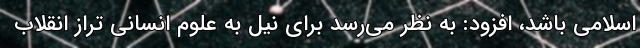
اسلامی باشد، افزود: به نظر می‌رسد برای نیل به علوم انسانی تراز انقلاب